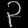
Digit: ၃